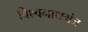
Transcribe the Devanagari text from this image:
विश्‍वनाथगंज